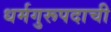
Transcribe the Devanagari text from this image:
धर्मगुरूपदाची